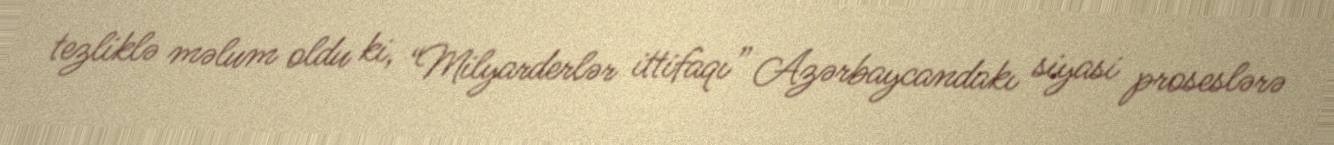
tezliklə məlum oldu ki, “Milyarderlər ittifaqı” Azərbaycandakı siyasi proseslərə